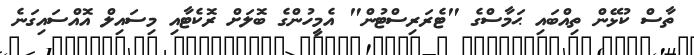
ތާސް ކުޅޭން ތިއްބައި ޙަމާސްގެ "ޓެރަރިސްޓުން" އެމީހުންގެ ބޮލަށް ރޮކެޓާއި މިސައިލް އޮއްސައިގަނެ